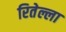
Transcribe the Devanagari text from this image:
रितेल्ला